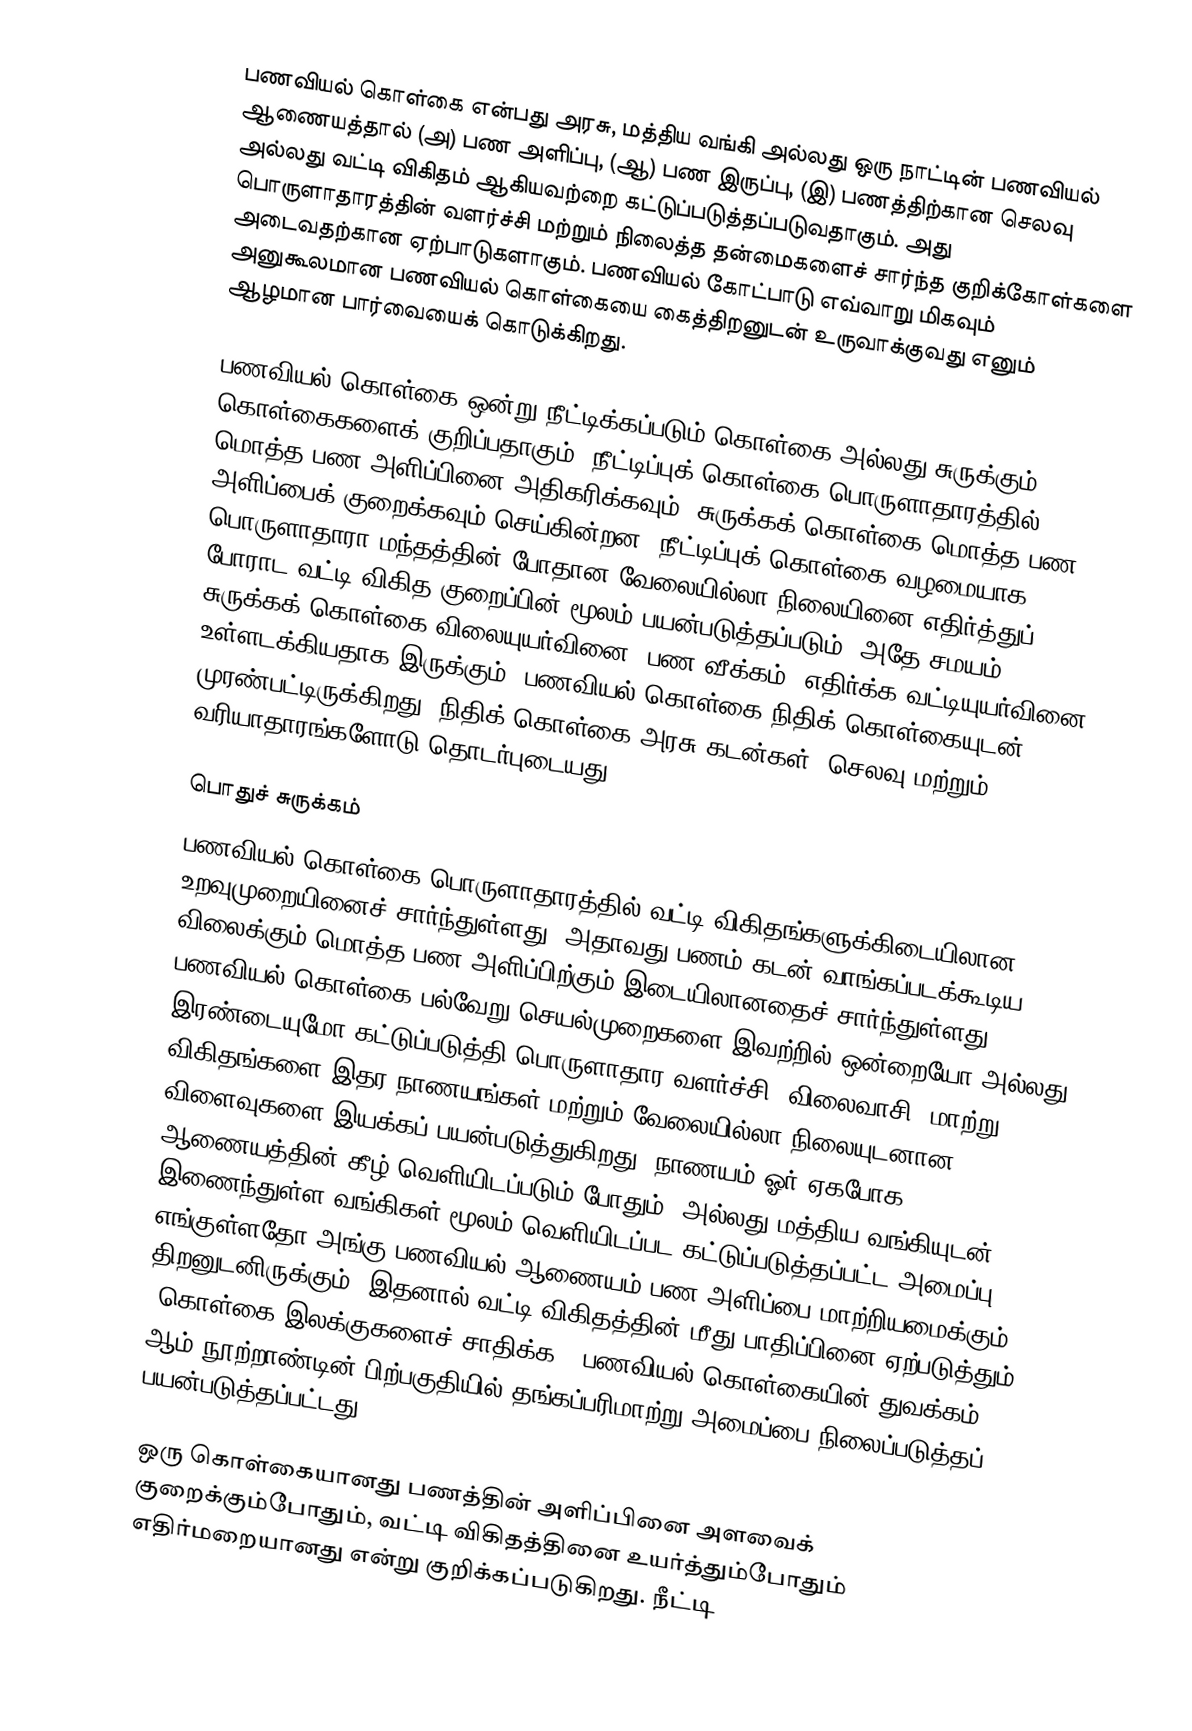
பணவியல் கொள்கை என்பது அரசு, மத்திய வங்கி அல்லது ஒரு நாட்டின் பணவியல் ஆணையத்தால் (அ) பண அளிப்பு, (ஆ) பண இருப்பு, (இ) பணத்திற்கான செலவு அல்லது வட்டி விகிதம் ஆகியவற்றை கட்டுப்படுத்தப்படுவதாகும். அது பொருளாதாரத்தின் வளர்ச்சி மற்றும் நிலைத்த தன்மைகளைச் சார்ந்த குறிக்கோள்களை அடைவதற்கான ஏற்பாடுகளாகும். பணவியல் கோட்பாடு எவ்வாறு மிகவும் அனுகூலமான பணவியல் கொள்கையை கைத்திறனுடன் உருவாக்குவது எனும் ஆழமான பார்வையைக் கொடுக்கிறது.

பணவியல் கொள்கை ஒன்று நீட்டிக்கப்படும் கொள்கை அல்லது சுருக்கும் கொள்கைகளைக் குறிப்பதாகும். நீட்டிப்புக் கொள்கை பொருளாதாரத்தில் மொத்த பண அளிப்பினை அதிகரிக்கவும், சுருக்கக் கொள்கை மொத்த பண அளிப்பைக் குறைக்கவும் செய்கின்றன. நீட்டிப்புக் கொள்கை வழமையாக பொருளாதாரா மந்தத்தின் போதான வேலையில்லா நிலையினை எதிர்த்துப் போராட வட்டி விகித குறைப்பின் மூலம் பயன்படுத்தப்படும், அதே சமயம் சுருக்கக் கொள்கை விலையுயர்வினை (பண வீக்கம்) எதிர்க்க வட்டியுயர்வினை உள்ளடக்கியதாக இருக்கும். பணவியல் கொள்கை நிதிக் கொள்கையுடன் முரண்பட்டிருக்கிறது. நிதிக் கொள்கை அரசு கடன்கள், செலவு மற்றும் வரியாதாரங்களோடு தொடர்புடையது.

பொதுச் சுருக்கம்
பணவியல் கொள்கை பொருளாதாரத்தில் வட்டி விகிதங்களுக்கிடையிலான உறவுமுறையினைச் சார்ந்துள்ளது; அதாவது பணம் கடன் வாங்கப்படக்கூடிய விலைக்கும் மொத்த பண அளிப்பிற்கும் இடையிலானதைச் சார்ந்துள்ளது. பணவியல் கொள்கை பல்வேறு செயல்முறைகளை இவற்றில் ஒன்றையோ அல்லது இரண்டையுமோ கட்டுப்படுத்தி பொருளாதார வளர்ச்சி, விலைவாசி, மாற்று விகிதங்களை இதர நாணயங்கள் மற்றும் வேலையில்லா நிலையுடனான விளைவுகளை இயக்கப் பயன்படுத்துகிறது. நாணயம் ஓர் ஏகபோக ஆணையத்தின் கீழ் வெளியிடப்படும் போதும், அல்லது மத்திய வங்கியுடன் இணைந்துள்ள வங்கிகள் மூலம் வெளியிடப்பட கட்டுப்படுத்தப்பட்ட அமைப்பு எங்குள்ளதோ அங்கு பணவியல் ஆணையம் பண அளிப்பை மாற்றியமைக்கும் திறனுடனிருக்கும், இதனால் வட்டி விகிதத்தின் மீது பாதிப்பினை ஏற்படுத்தும் (கொள்கை இலக்குகளைச் சாதிக்க). பணவியல் கொள்கையின் துவக்கம் 19 ஆம் நூற்றாண்டின் பிற்பகுதியில் தங்கப்பரிமாற்று அமைப்பை நிலைப்படுத்தப் பயன்படுத்தப்பட்டது.

ஒரு கொள்கையானது பணத்தின் அளிப்பினை அளவைக் குறைக்கும்போதும், வட்டி விகிதத்தினை உயர்த்தும்போதும் எதிர்மறையானது என்று குறிக்கப்படுகிறது. நீட்டி